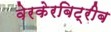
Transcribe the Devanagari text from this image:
वेरकेरबिट्रीब